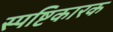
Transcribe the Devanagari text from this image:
स्पष्टिकारक